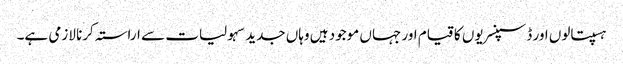
ہسپتالوں اور ڈسپنسریوں کا قیام اور جہاں موجود ہیں وہاں جدید سہولیات سے اراستہ کرنا لازمی ہے۔